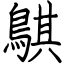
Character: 鶀